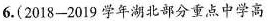
6.(2018-2019学年湖北部分重点中学高